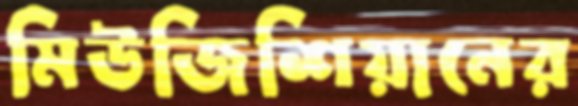
মিউজিশিয়ানের